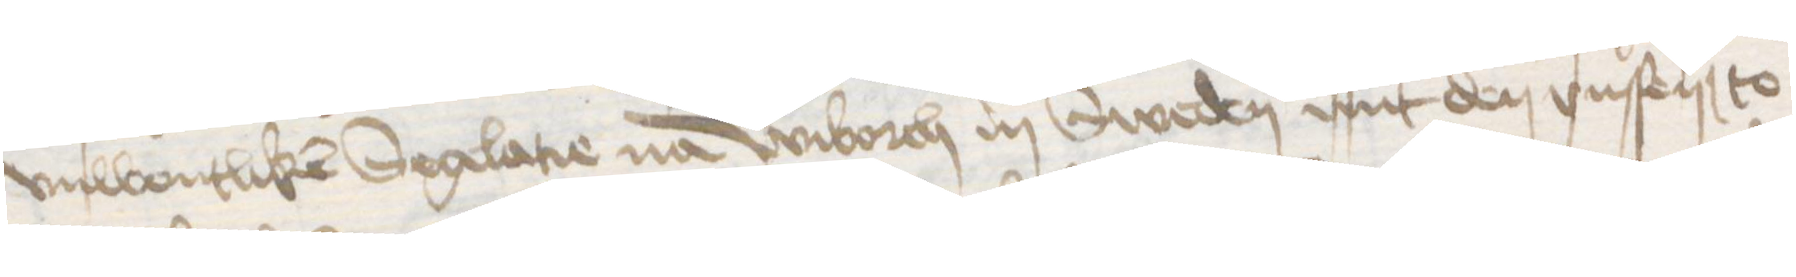
vnwonlicken Seglatie na Wiborch in Sweden mit den vnsen to